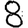
Digit: 8